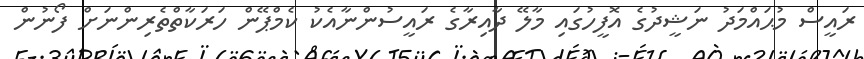
ރައީސް މުޙައްމަދު ނަޝީދުގެ އޮފީހުގައި މާލޭ ދާއިރާގެ ރައީސުންނާއެކު ކެމްޕޭން ހަރަކާތްތެރިންނަށް ފޯނުން